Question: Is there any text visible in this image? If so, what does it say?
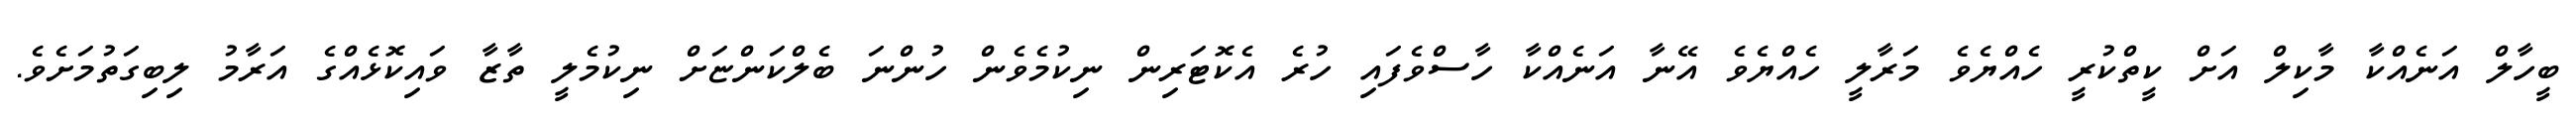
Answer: ބީހާލް އަނެއްކާ މާކިލް އަށް ކީތްކުރީ ހެއްޔެވެ މަރާލީ ހެއްޔެވެ އޭނާ އަނެއްކާ ހާސްވެފައި ހުރެ އެކޮޓަރިން ނިކުމެވެން ހުންނަ ބެލްކަންޏަށް ނިކުމެލީ ތާޒާ ވައިކޮޅެއްގެ އަރާމު ލިބިގަތުމަށެވެ.